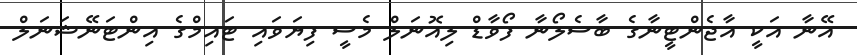
އޭނާ އަކީ އާޖެންޓީނާގެ ބާސެލޯނާ ފޯވާޑް ލިއޮނަލް މެސީ ފިޔަވައި ޓައިމްގެ އިންޓަނޭޝަނަލް